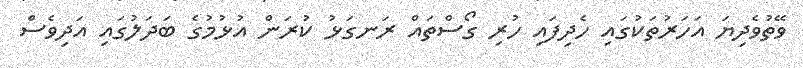
ވޭތުވެދިޔަ އަހަރުތަކުގައި ހެދިފައި ހުރި ގޯސްތައް ރަނގަޅު ކުރަން އުޅުމުގެ ބަދަލުގައި އަދިވެސް